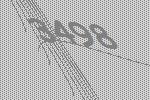
3498